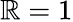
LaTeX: \mathbb{R}=1